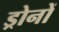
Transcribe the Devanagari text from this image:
ड्रोनों